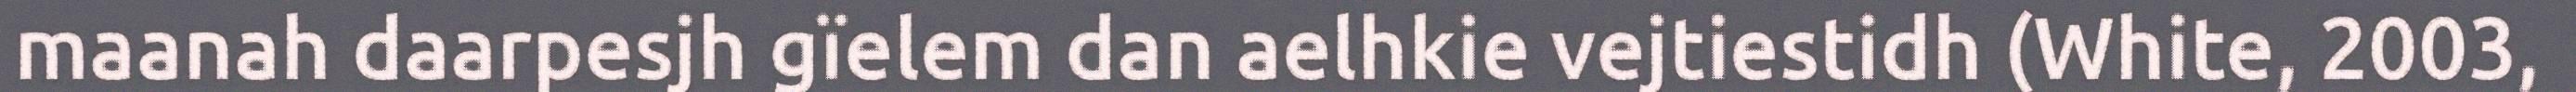
maanah daarpesjh gïelem dan aelhkie vejtiestidh (White, 2003,